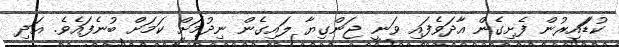
ކުޑަައިރުން ފެށިގެން އާދަވެފައި ވަނީ ޖަންގިޔާ ލައިގެން ނިދުމަށް ކަމަށް ބުނެފައެވެ. އަދި